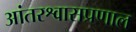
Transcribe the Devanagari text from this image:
आंतरश्वासप्रणाल